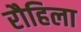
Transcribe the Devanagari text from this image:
रौहिला